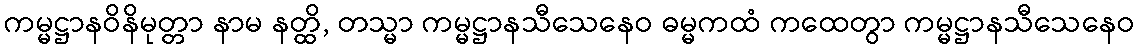
ကမ္မဋ္ဌာနဝိနိမုတ္တာ နာမ နတ္ထိ, တသ္မာ ကမ္မဋ္ဌာနသီသေနေဝ ဓမ္မကထံ ကထေတွာ ကမ္မဋ္ဌာနသီသေနေဝ